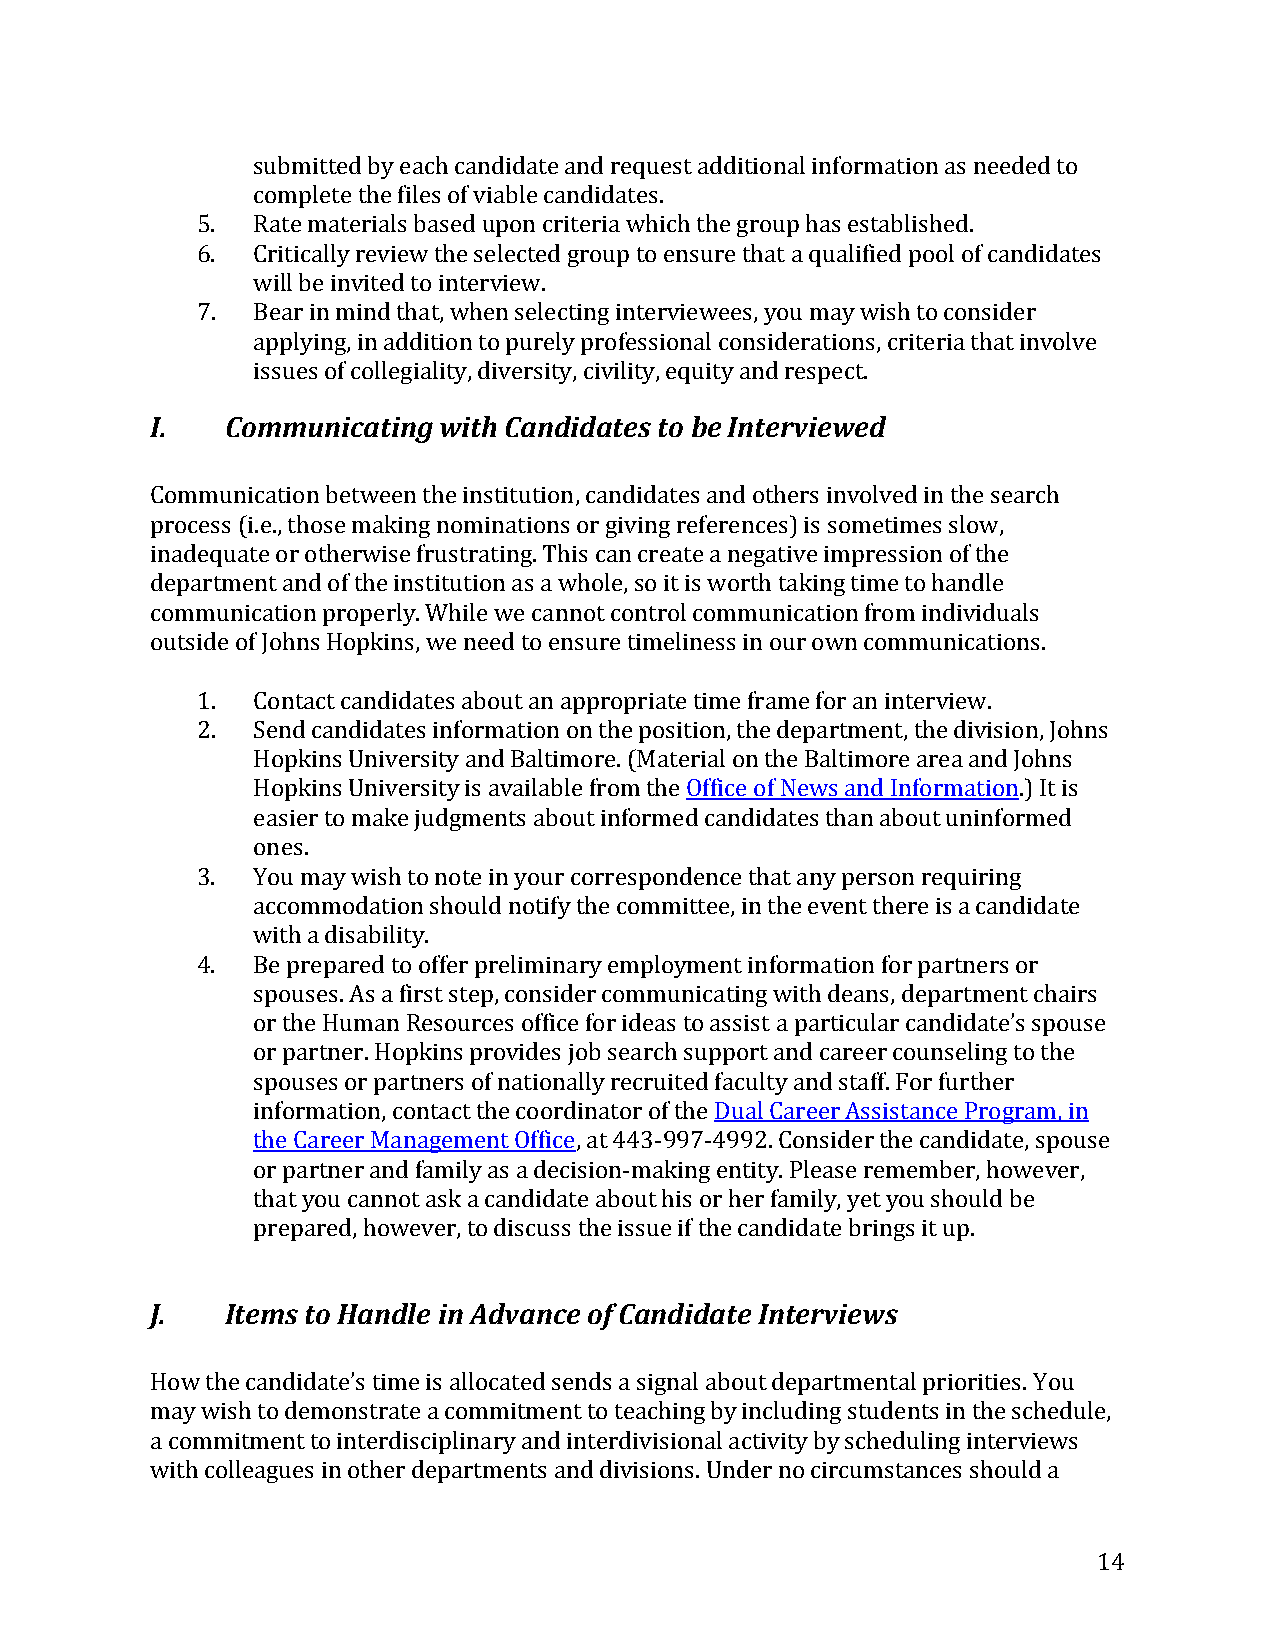
submitted by each candidate and request additional information as needed to
 complete the files of viable candidates.
 5.  Rate materials based upon criteria which the group has established.
 6.  Critically review the selected group to ensure that a qualified pool of candidates
 will be invited to interview.
 7.  Bear in mind that, when selecting interviewees, you may wish to consider
 applying, in addition to purely professional considerations, criteria that involve
 I.   Coimssumeus onfi ccoaltleingigal iwtyi,t dhiv Cearsnitdyi, dciavitleitsy ,t eoq buiety I nantde rrvesipeewcet. d
 Communication between the institution, candidates and others involved in the search
 process (i.e., those making nominations or giving references) is sometimes slow,
 inadequate or otherwise frustrating. This can create a negative impression of the
 department and of the institution as a whole, so it is worth taking time to handle
 communication properly. While we cannot control communication from individuals
 outsid e of Johns Hopkins, we need to ensure timeliness in our own communications.
 1.  Contact candidates about an appropriate time frame for an interview.
 2.  Send candidates information on the position, the department, the division, Johns
 Hopkins University and Baltimore. (Material on the Baltimore area and Johns
 Hopkins University is available from the Office of News and Information.) It is
 easier to make judgments about informed candidates than about uninformed
 ones.
 3.  You may wish to note in your correspondence that any person requiring
 accommodation should notify the committee, in the event there is a candidate
 with a disability.
 4.  Be prepared to offer preliminary employment information for partners or
 spouses. As a first step, consider communicating with deans, department chairs
 or the Human Resources office for ideas to assist a particular candidate’s spouse
 or partner. Hopkins provides job search support and career counseling to the
 spouses or partners of nationally recruited faculty and staff. For further
 information, contact the coordinator of the Dual Career Assistance Program, in
 the Career Management Office, at 443-997-4992. Consider the candidate, spouse
 or partner and family as a decision-making entity. Please remember, however,
 that you cannot ask a candidate about his or her family, yet you should be
 prepared, however, to discuss the issue if the candidate brings it up.
 J.   Ite ms to Handle in Advance of Candidate Interviews
 How the candidate’s time is allocated sends a signal about departmental priorities. You
 may wish to demonstrate a commitment to teaching by including students in the schedule,
 a commitment to interdisciplinary and interdivisional activity by scheduling interviews
 with colleagues in other departments and divisions. Under no circumstances should a
 14